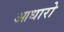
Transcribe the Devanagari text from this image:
आधारो